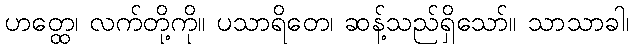
ဟတ္ထေ၊ လက်တို့ကို။ ပသာရိတေ၊ ဆန့်သည်ရှိသော်။ သာသာခါ၊